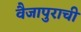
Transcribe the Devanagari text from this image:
वैजापुराची